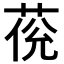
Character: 𦲮